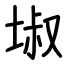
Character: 埱